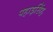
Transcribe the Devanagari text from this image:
पहाड़सिंह